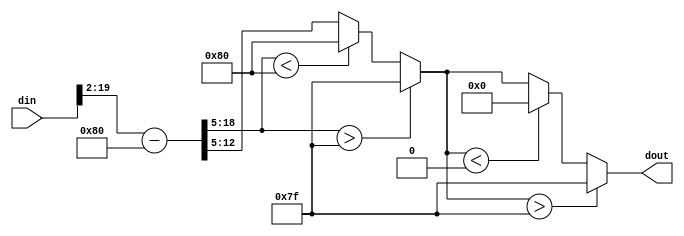
module Conv1Activation (
    input  signed [19:0] din,
    output reg  signed [7:0] dout
);
reg  signed [19:0] step0_result;
reg  signed [19:0] step1_result;
reg  signed [19:0] step2_result;
reg  signed [7:0] step3_result;

always @(*) begin
    step0_result = $signed(din >>> 2);
    //  4? 2 ? 128
    step1_result = $signed(step0_result - 128);
     
    //  32? 5 
    step2_result = $signed(step1_result >>> 5);

    // ? -128 ? 127 
    step3_result = $signed((step2_result > 127) ? 127 : ((step2_result < -128) ? -128 : (step2_result)));

    //  0 ? 127  RELU
    dout = $signed((step3_result > 127) ? 127 : ((step3_result < 0) ? 0 : step3_result));
end

endmodule